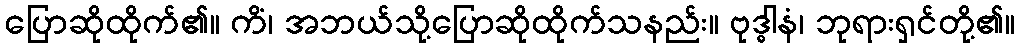
ပြောဆိုထိုက်၏။ ကိံ၊ အဘယ်သို့ပြောဆိုထိုက်သနည်း။ ဗုဒ္ဓါနံ၊ ဘုရားရှင်တို့၏။